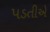
પડતીએ